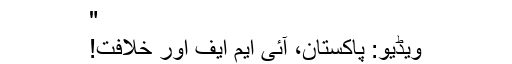
"
ویڈیو: پاکستان، آئی ایم ایف اور خلافت!